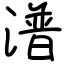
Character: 潽